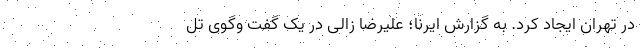
در تهران ایجاد کرد. به گزارش ایرنا؛ علیرضا زالی در یک گفت وگوی تل